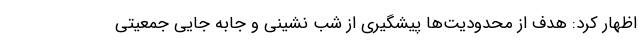
اظهار کرد: هدف از محدودیت‌ها پیشگیری از شب نشینی و جابه جایی جمعیتی